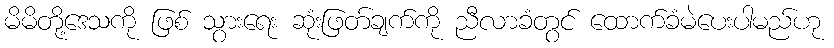
မိမိတို့ဒေသကို ဖြစ် သွားရေး ဆုံးဖြတ်ချက်ကို ညီလာခံတွင် ထောက်ခံမဲပေးပါမည်ဟု